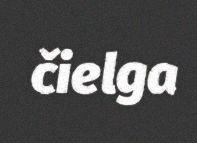
čielga